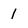
Character: 1